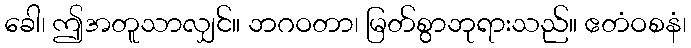
ခေါ၊ ဤအတူသာလျှင်။ ဘဂဝတာ၊ မြတ်စွာဘုရားသည်။ ဧတံဝစနံ၊